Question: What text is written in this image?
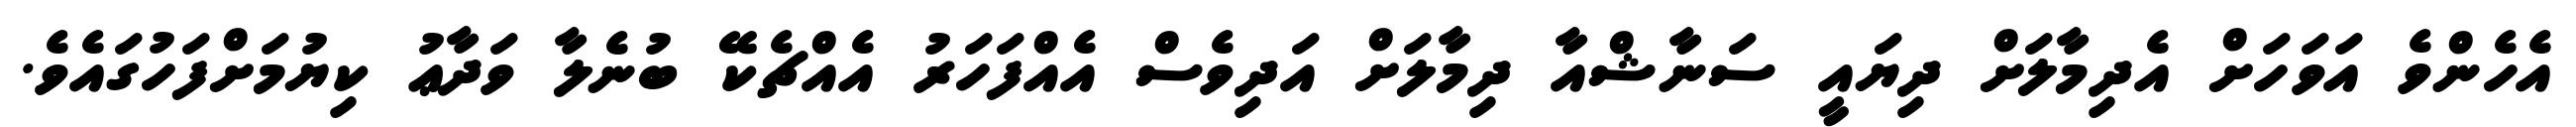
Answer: އެހެންވެ އަވަހަށް އެދިމާލަށް ދިޔައީ ސަނާޝްއާ ދިމާލަށް އަދިވެސް އެއްފަހަރު އެއްޗެކޭ ބުނެލާ ވަދާޢު ކިޔުމަށްފަހުގައެވެ.